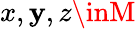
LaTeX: x,\mathbf{y},z\inM